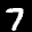
Label: 7